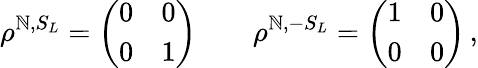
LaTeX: \rho^{\mathbb{N},S_{L}}=\left(\begin{array}{ll}{{0}}&{{0}}\\ {{0}}&{{1}}\end{array}\right)\quad\quad\rho^{\mathbb{N},-S_{L}}=\left(\begin{array}{ll}{{1}}&{{0}}\\ {{0}}&{{0}}\end{array}\right)\, ,